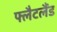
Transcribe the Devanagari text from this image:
फ्लैटलैंड